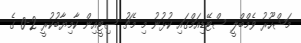
މަޝްހޫރު ވެމްބްލީ ސްޓޭޑިއަމްގައި ކުޅުނު މި މެޗު ސިޓީއިން ކާމިޔާބުކުރީ 2-0 ގެ